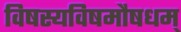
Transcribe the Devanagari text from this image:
विषस्यविषमौषधम्‌